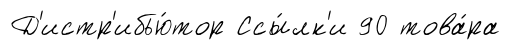
Д'истр'ибью́тор Ссы́лк'и 90 това́ра